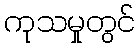
ကုသမှုတွင်